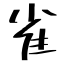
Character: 雀